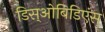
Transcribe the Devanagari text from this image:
डिस्‌ओबिडिएंस